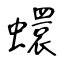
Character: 蠉